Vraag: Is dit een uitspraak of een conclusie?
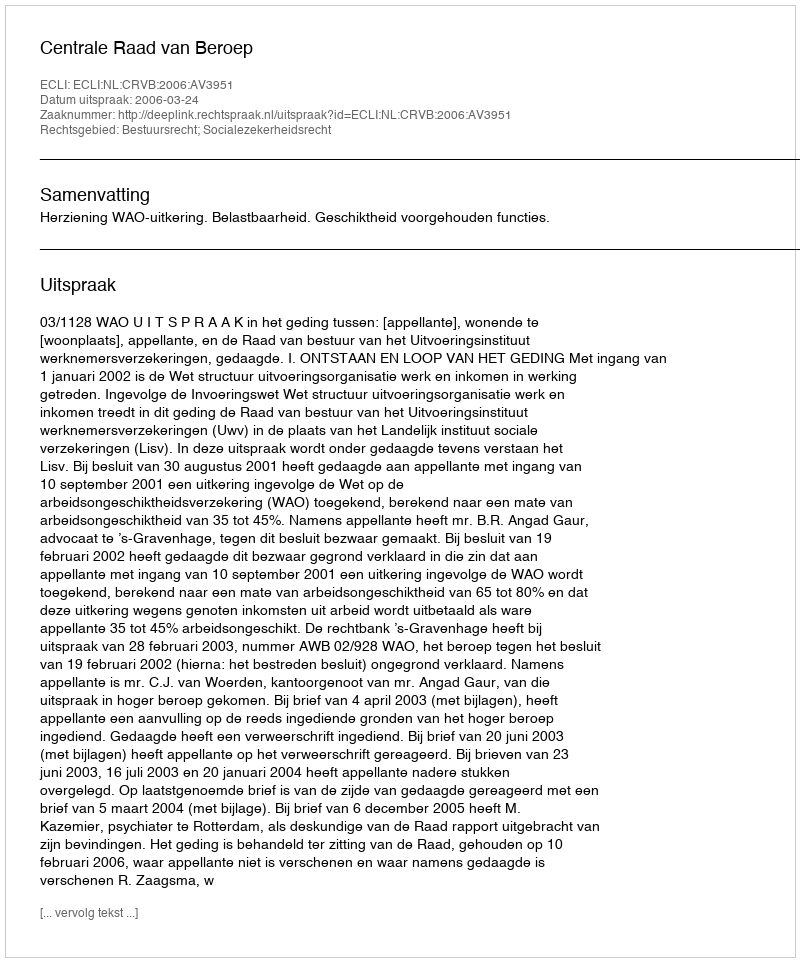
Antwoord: Uitspraak